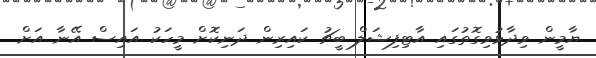
ޔާމީން ވިދާޅުވިގޮތުގައި އާޓިފިޝަލް ބީޗު ކައިރިން ދަނިކޮށް މީހަކު އައިސް އޭނާ އަށް